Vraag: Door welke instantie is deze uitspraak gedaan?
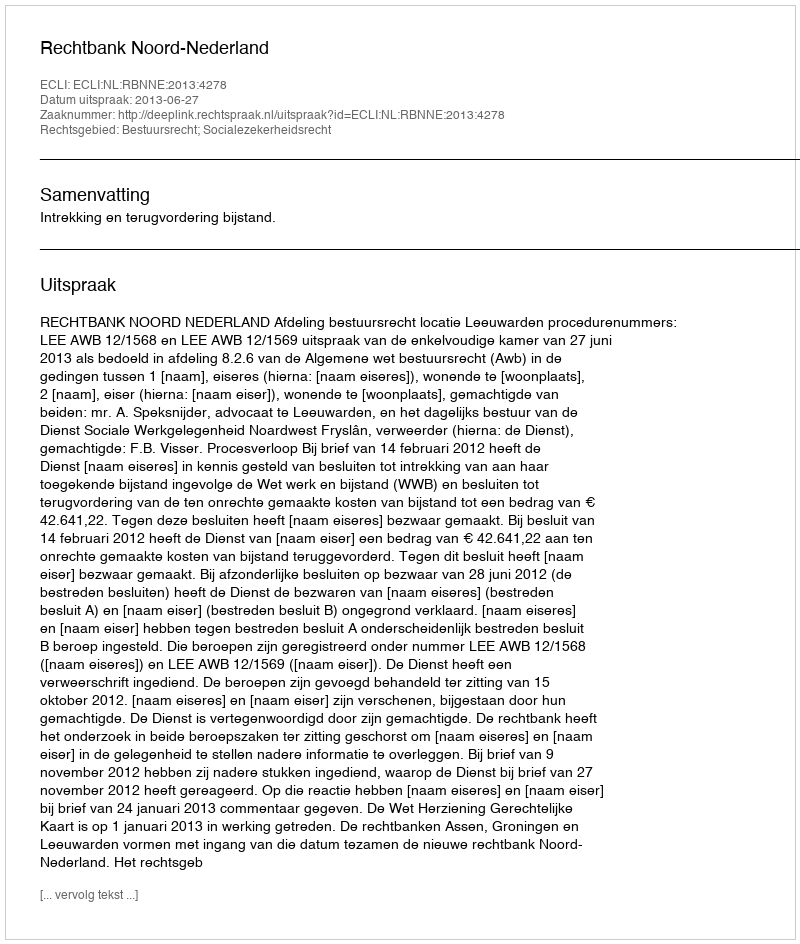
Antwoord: Rechtbank Noord-Nederland